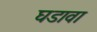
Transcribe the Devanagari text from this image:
घडावा